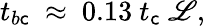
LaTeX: {t_{b\mathsf{c}}}~\approx~0.13~t_{\mathsf{c}}~\mathscr{{L}},